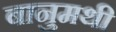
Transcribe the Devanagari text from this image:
बानुमथी